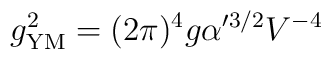
g_{\rm YM}^2 = (2\pi)^{4} g \alpha'^{3/2}V^{-4}